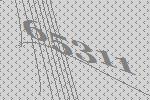
65311